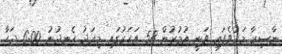
ނާސިރާ މަރުވެފައި ވަނީ އުމުރުން 58 އަހަރުގައި މިއަދު ހެނދުނު 6:00 ޖަހާ